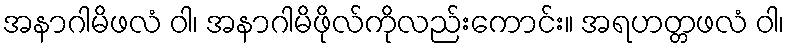
အနာဂါမိဖလံ ဝါ၊ အနာဂါမိဖိုလ်ကိုလည်းကောင်း။ အရဟတ္တဖလံ ဝါ၊